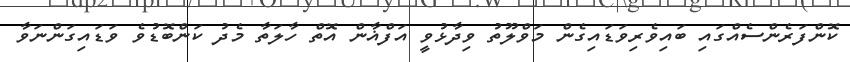
ކޮންފަރެންސެއްގައި ބައިވެރިވަޑައިގެން މަވްލޫތު ވިދާޅުވީ އަފްޣާން އޮތް ހާލަތާ މެދު ކަންބޮޑުވެ ވަޑައިގަންނަވާ